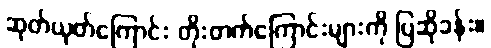
ဆုတ်ယုတ်ကြောင်း တိုးတက်ကြောင်းများကို ပြဆိုခန်း။